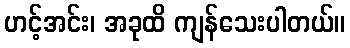
ဟင့်အင်း၊ အခုထိ ကျန်သေးပါတယ်။